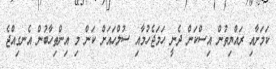
ކަމަށާއި ރައްޔިތުން އިސްކަން ދެނީ ހަމަޖެހުމާއި ސުލްހައަށް ކަން މި އިންތިހާބުން އެނގިއްޖެ